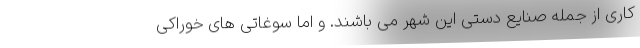
کاری از جمله صنایع دستی این شهر می باشند. و اما سوغاتی های خوراکی